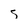
Character: s